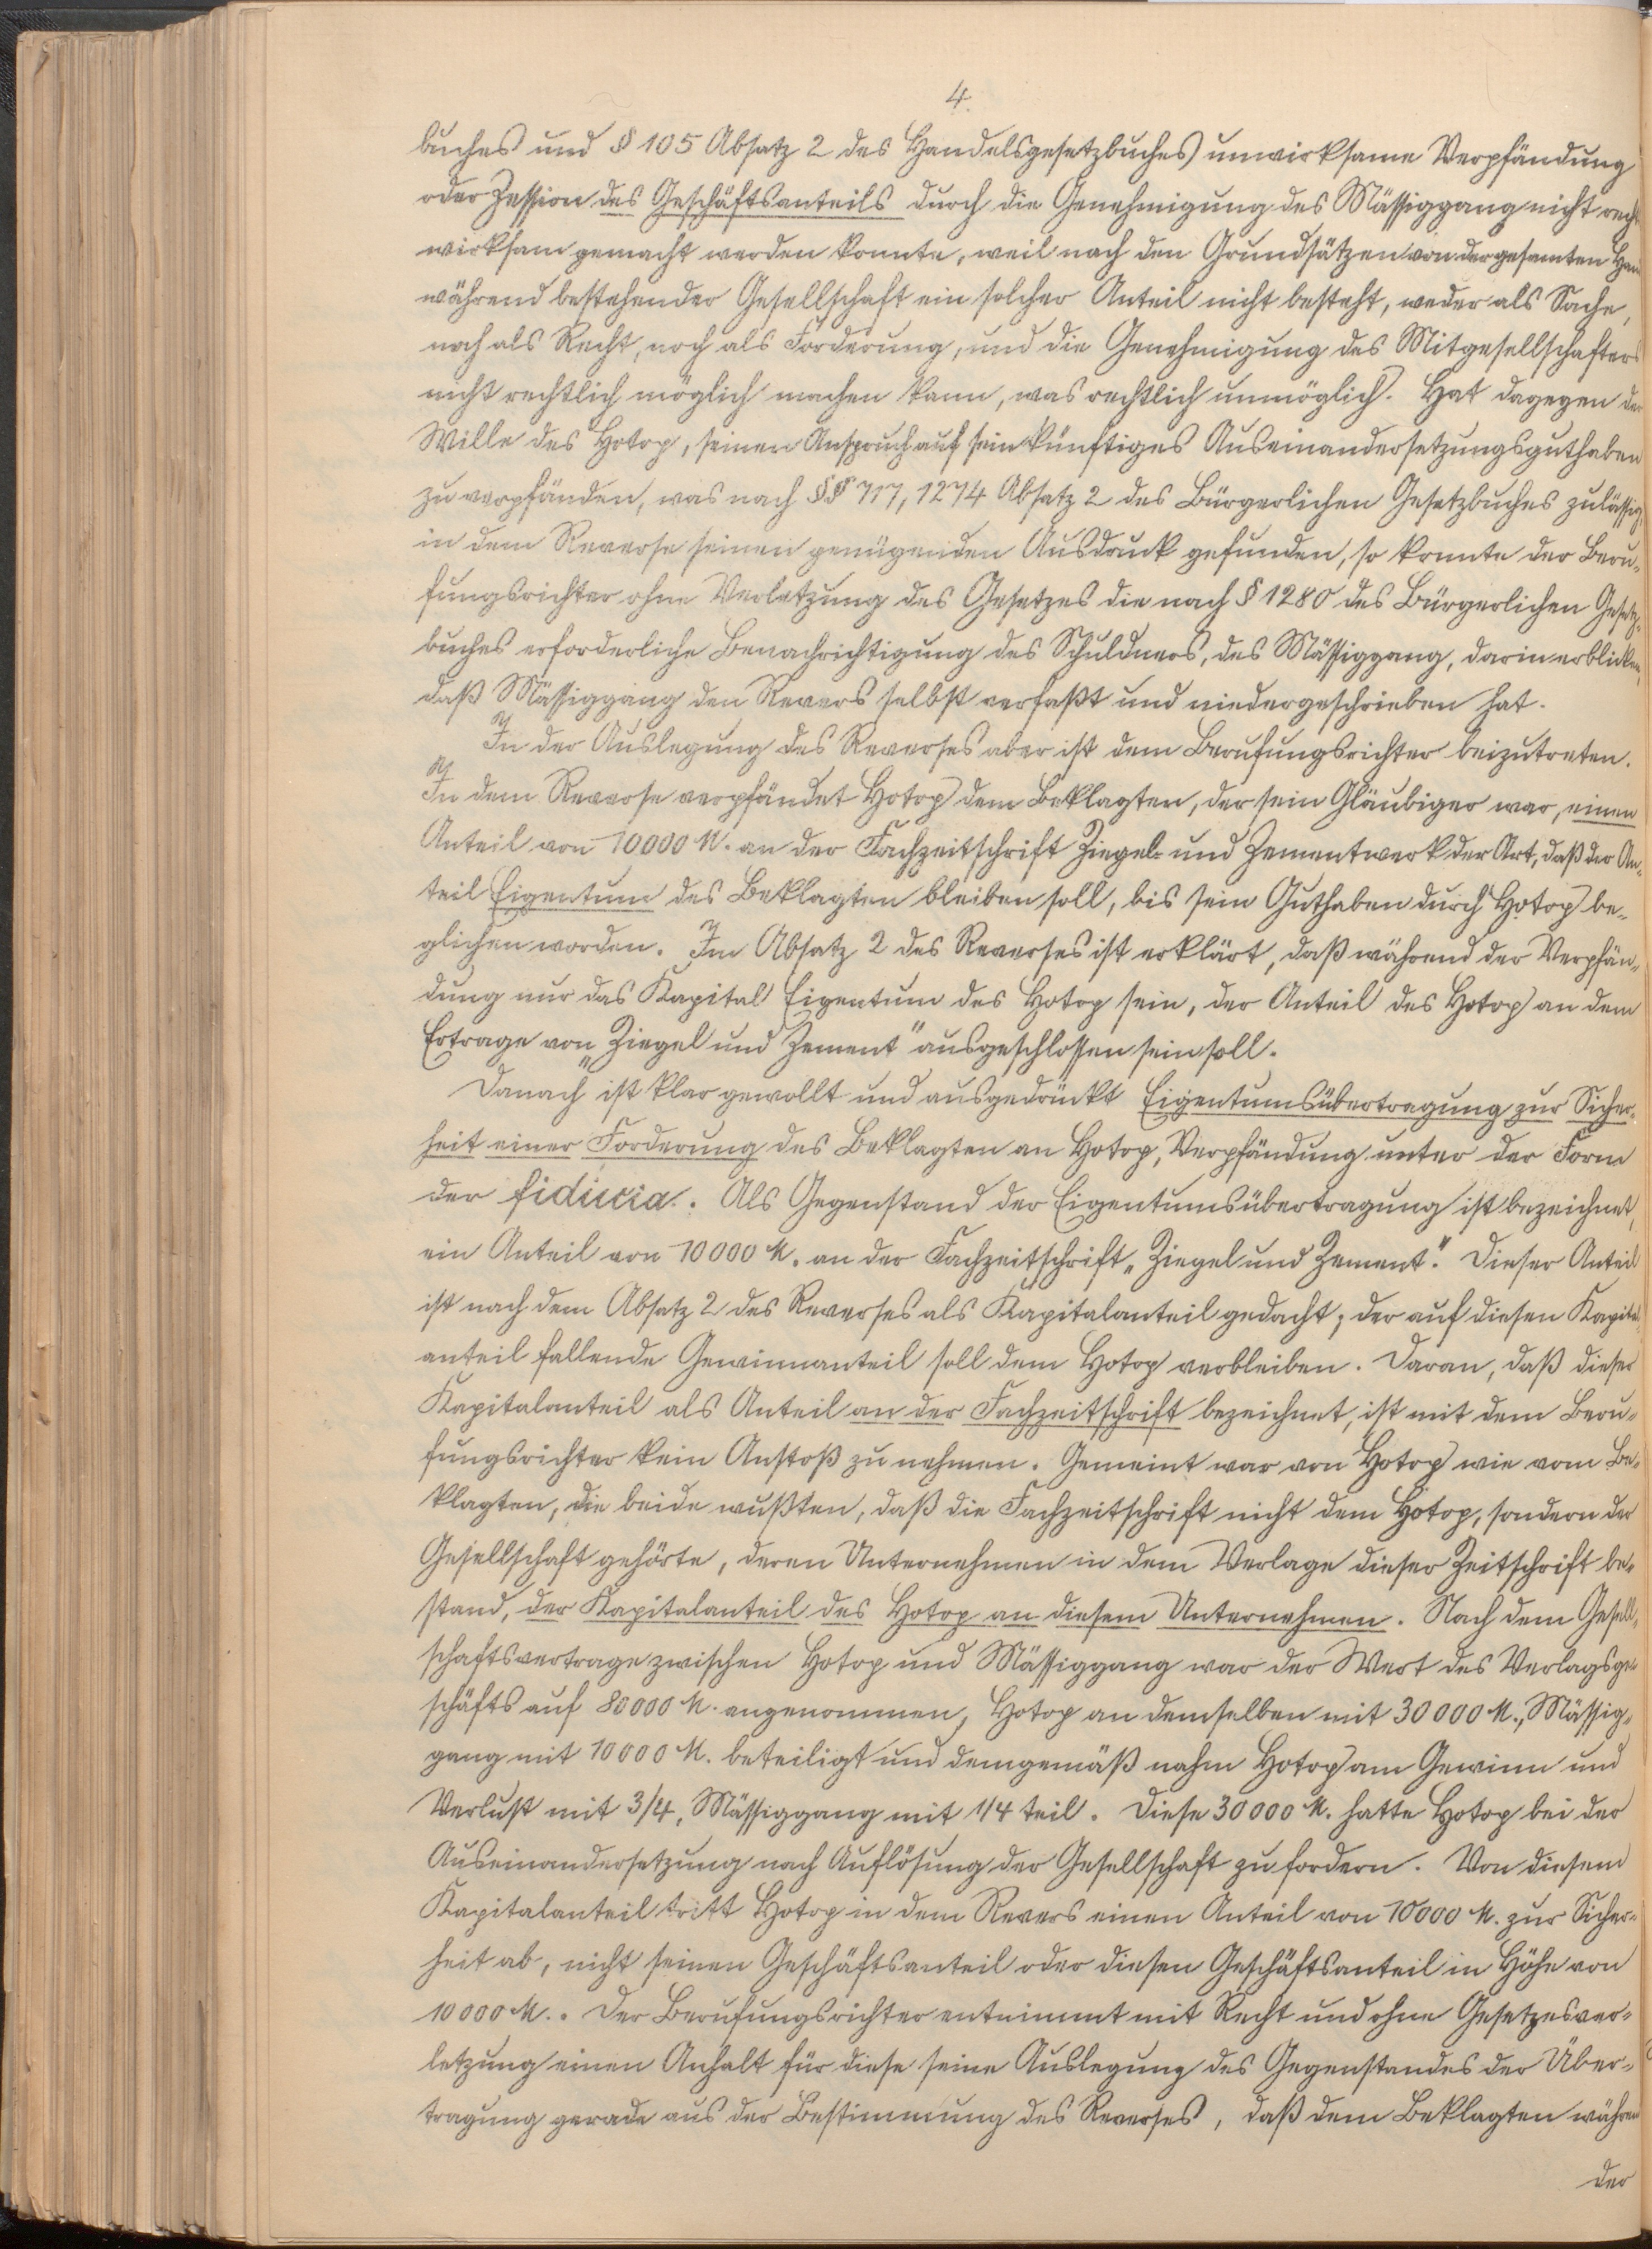
4.

buches und § 105 Abs. 2 Handelsgesetzbuches unwirksame Verpfändung
oder Zession des Geschäftsanteils durch die Genehmigung des M. nicht rechts¬
wirksam gemacht werden konnte, weil nach den Grundsätzen von der gesamten Hand
während bestehender Gesellschaft ein solcher Anteil nicht besteht, weder als Sache,
noch als Recht, noch als Forderung, und die Genehmigung des Mitgesellschafters
nicht rechtlich möglich machen kann, was rechtlich unmöglich. Hat dagegen der
Wille des H., seinen Anspruch auf sein künftiges Auseinandersetzungsguthaben
zu verpfänden, was nach §§ 717, 1274 Absatz 2 des Bürgerlichen Gesetzbuches zulässig,
in dem Reverse seinen genügenden Ausdruck gefunden, so konnte der Beru¬
fungsrichter ohne Verletzung des Gesetzes die nach § 1280 des Bürgerlichen Gesetz¬
erforderliche Benachrichtigung des Schuldners, des M., darin erblicken,
daß M. den Revers selbst verfaßt und niedergeschrieben hat.
In der Auslegung des Reverses aber ist dem Berufungsrichter beizutreten.
In dem Reverse verpfändet H. dem Beklagten, der sein Gläubiger war, einen
Anteil von 10000 M. an der Fachzeitschrift „Ziegel- und Zementwerk" der Art, daß der An¬
teil Eigentum des Beklagten bleiben soll, bis sein Guthaben durch H. be¬
glichen worden. In Absatz 2 des Reverses ist erklärt, daß während der Verpfän¬
dung nur das Kapital Eigentum des H. sei, der Anteil des H. an dem
Ertrage von „Ziegel und Zement" ausgeschlossen sein soll.
Danach ist klar gewollt und ausgedrückt, Eigentumsübertragung zur Sicher¬
heit einer Forderung des Beklagten an H., Verpfändung unter der Form
der fiducia. Als Gegenstand der Eigentumsübertragung ist bezeichnet,
ein Anteil von 10000 M. an der Fachzeitschrift „Ziegel und Zement". Dieser Anteil
ist nach Absatz 2 des Reverses als Kapitalanteil gedacht; der auf diesen Kapital¬
anteil fallende Gewinnanteil soll dem H. verbleiben. Daran, daß dieser
Kapitalanteil als Anteil an der Fachzeitschrift bezeichnet, ist mit dem Beru¬
fungsrichter kein Anstoß zu nehmen. Gemeint war von H. wie vom Be¬
klagten, da beide wußten, daß die Fachzeitschrift nicht dem H., sondern der
Gesellschaft gehörte, deren Unternehmen in dem Verlage dieser Zeitschrift be¬
stand, der Kapitalanteil des H. an diesem Unternehmen. Nach dem Gesell¬
schaftsvertrage zwischen H. und M. war der Wert des Verlags¬
geschäfts auf 80000 M. angenommen, H. an demselben mit 30000 M., M.
mit 10000 M. beteiligt und demgemäß nahm H. am Gewinn und
Verlust mit 3/4, M. mit 1/4 teil. Diese 30000 M. hatte H. bei der
Auseinandersetzung nach Auflösung der Gesellschaft zu fordern. Von diesem
Kapitalanteil tritt H. in dem Revers einen Anteil von 10000 M. zur Sicher¬
heit ab, nicht seinen Geschäftsanteil oder diesen Geschäftsanteil in Höhe von
10000 M. Der Berufungsrichter entnimmt mit Recht und ohne Gesetzesver¬
letzung einen Anhalt für diese seine Auslegung des Gegenstandes der Über¬
tragung gerade aus der Bestimmung des Reverses, daß dem Beklagten während
der